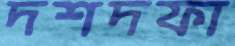
দশদফা